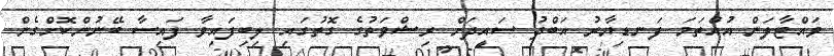
ވައްޓާލަން އުއްތަމަ ފަނޑިޔާރު އަބްދު ސައީދަށް ރިޝްވަތުގެ ގޮތުގައި ލިބިފައިވާ ފައިސާ ބޭނުންކޮށްގެން